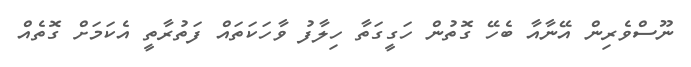
ނޫސްވެރިން އޭނާއާ ބެހޭ ގޮތުން ހަގީގަތާ ހިލާފު ވާހަކަތައް ފަތުރާތީ އެކަމަށް ގޮތެއް